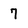
Character: 7